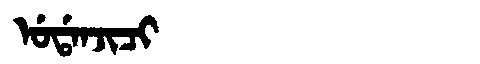
Manchu: ᡠᡩᠠᠨᠵᡳᠴᡳ
Romanization: UDANJICI